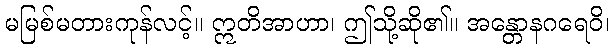
မမြစ်မတားကုန်လင့်။ ဣတိအာဟာ၊ ဤသို့ဆို၏။ အန္တောနဂရေဝိ၊